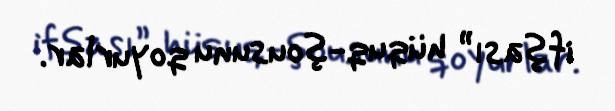
ifşası” hüquq-şousunu qoyurlar.